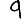
Digit: 9